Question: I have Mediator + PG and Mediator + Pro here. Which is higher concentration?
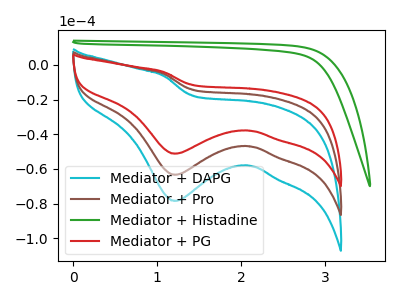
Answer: <think>The cyan curve "Mediator + DAPG" has a cathodic peak at: (1.20V, -126.65uA). The brown curve "Mediator + Pro" has a cathodic peak at: (1.20V, -63.35uA). The green curve "Mediator + Histadine" has no peaks. The red curve "Mediator + PG" has a cathodic peak at: (1.20V, -51.15uA).
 All the peaks in "Mediator + PG" have a peak in "Mediator + Pro" at the same potential. Every peak in "Mediator + PG" is lower than every peak in "Mediator + Pro".</think>
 <answer>"Mediator + PG" has less signal than "Mediator + Pro" and so likely has a lower concentration.</answer>
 <eval>less_concentration</eval>